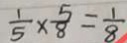
\frac { 1 } { 5 } \times \frac { 5 } { 8 } = \frac { 1 } { 8 }